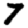
Digit: 7